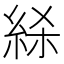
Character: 𰫢